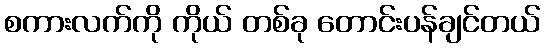
စကားလက်ကို ကိုယ် တစ်ခု တောင်းပန်ချင်တယ်